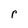
Character: r